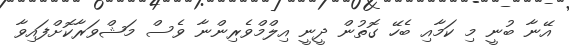
އޭނާ ބުނީ މި ކަމާއި ބެހޭ ގޮތުން ދީނީ އިލްމްވެރިންނާ ވެސް މަޝްވަރާކޮށްފައިވާ